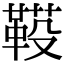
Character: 𩋐